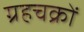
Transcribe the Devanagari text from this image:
ग्रहचक्रों